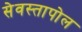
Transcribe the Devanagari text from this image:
सेवस्तापोल